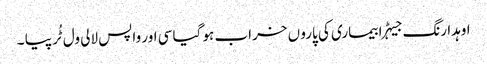
اوہدا رنگ جیہڑا بیماری کی پارو ں خراب ہو گیا سی اور واپس لالی ول ٹُر پیا ۔